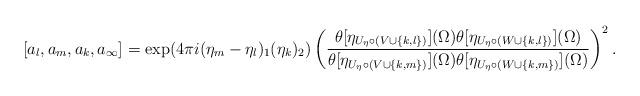
LaTeX: \begin{align*}[a_l,a_m,a_k,a_{\infty}]= \exp(4 \pi i (\eta_{m}-\eta_{l})_1(\eta_k)_2)\left( \frac{\theta[\eta_{U_\eta\circ(V \cup \{k,l\})}](\Omega)\theta[\eta_{U_{\eta} \circ (W \cup \{k,l\})}](\Omega)}{\theta[\eta_{U_\eta \circ (V \cup \{k,m\})}](\Omega)\theta[\eta_{U_{\eta} \circ (W \cup \{k,m\})}](\Omega)}\right)^2.\end{align*}